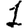
Digit: 1